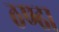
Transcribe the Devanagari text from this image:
ठण्ढा